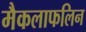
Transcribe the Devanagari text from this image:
मैकलाफलिन